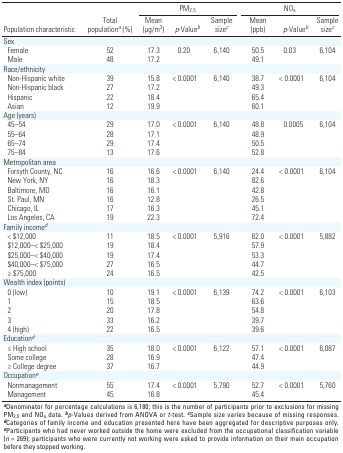
<table><thead><tr><td rowspan="2"><b>Population characteristic</b></td><td rowspan="2"><b>Total population<sup><i>a</i></sup> (%)</b></td><td colspan="3"><b>PM<sub>2.5</sub></b></td><td colspan="3"><b>NO<sub>x</sub></b></td></tr><tr><td><b>Mean (μg/m<sup>3</sup>)</b></td><td><b><i>p</i>-Value<sup><i>b</i></sup></b></td><td><b>Sample size<sup><i>c</i></sup></b></td><td><b>Mean (ppb)</b></td><td><b><i>p</i>-Value<sup><i>b</i></sup></b></td><td><b>Sample size<sup><i>c</i></sup></b></td></tr></thead><tbody><tr><td><b>Sex</b></td></tr><tr><td><b>Female</b></td><td>52</td><td>17.3</td><td>0.20</td><td>6,140</td><td>50.5</td><td>0.03</td><td>6,104</td></tr><tr><td><b>Male</b></td><td>48</td><td>17.2</td><td></td><td></td><td>49.1</td></tr><tr><td><b>Race/ethnicity</b></td></tr><tr><td><b>Non-Hispanic white</b></td><td>39</td><td>15.8</td><td>&lt; 0.0001</td><td>6,140</td><td>38.7</td><td>&lt; 0.0001</td><td>6,104</td></tr><tr><td><b>Non-Hispanic black</b></td><td>27</td><td>17.2</td><td></td><td></td><td>49.3</td></tr><tr><td><b>Hispanic</b></td><td>22</td><td>18.4</td><td></td><td></td><td>65.4</td></tr><tr><td><b>Asian</b></td><td>12</td><td>19.9</td><td></td><td></td><td>60.1</td></tr><tr><td><b>Age (years)</b></td></tr><tr><td><b>45–54</b></td><td>29</td><td>17.0</td><td>&lt; 0.0001</td><td>6,140</td><td>48.8</td><td>0.0005</td><td>6,104</td></tr><tr><td><b>55–64</b></td><td>28</td><td>17.1</td><td></td><td></td><td>48.9</td></tr><tr><td><b>65–74</b></td><td>29</td><td>17.4</td><td></td><td></td><td>50.5</td></tr><tr><td><b>75–84</b></td><td>13</td><td>17.6</td><td></td><td></td><td>52.8</td></tr><tr><td><b>Metropolitan area</b></td></tr><tr><td><b>Forsyth County, NC</b></td><td>16</td><td>16.6</td><td>&lt; 0.0001</td><td>6,140</td><td>24.4</td><td>&lt; 0.0001</td><td>6,104</td></tr><tr><td><b>New York, NY</b></td><td>16</td><td>18.3</td><td></td><td></td><td>82.6</td></tr><tr><td><b>Baltimore, MD</b></td><td>16</td><td>16.1</td><td></td><td></td><td>42.8</td></tr><tr><td><b>St. Paul, MN</b></td><td>16</td><td>12.8</td><td></td><td></td><td>26.5</td></tr><tr><td><b>Chicago, IL</b></td><td>17</td><td>16.3</td><td></td><td></td><td>45.1</td></tr><tr><td><b>Los Angeles, CA</b></td><td>19</td><td>22.3</td><td></td><td></td><td>72.4</td></tr><tr><td><b>Family income<sup><i>d</i></sup></b></td></tr><tr><td><b>&lt; $12,000</b></td><td>11</td><td>18.5</td><td>&lt; 0.0001</td><td>5,916</td><td>62.0</td><td>&lt; 0.0001</td><td>5,882</td></tr><tr><td><b>$12,000–&lt; $25,000</b></td><td>19</td><td>18.4</td><td></td><td></td><td>57.9</td></tr><tr><td><b>$25,000–&lt; $40,000</b></td><td>19</td><td>17.4</td><td></td><td></td><td>53.3</td></tr><tr><td><b>$40,000–&lt; $75,000</b></td><td>27</td><td>16.5</td><td></td><td></td><td>44.7</td></tr><tr><td><b>≥ $75,000</b></td><td>24</td><td>16.5</td><td></td><td></td><td>42.5</td></tr><tr><td><b>Wealth index (points)</b></td></tr><tr><td><b>0 (low)</b></td><td>10</td><td>19.1</td><td>&lt; 0.0001</td><td>6,139</td><td>74.2</td><td>&lt; 0.0001</td><td>6,103</td></tr><tr><td><b>1</b></td><td>15</td><td>18.5</td><td></td><td></td><td>63.6</td></tr><tr><td><b>2</b></td><td>20</td><td>17.8</td><td></td><td></td><td>54.8</td></tr><tr><td><b>3</b></td><td>33</td><td>16.2</td><td></td><td></td><td>39.7</td></tr><tr><td><b>4 (high)</b></td><td>22</td><td>16.5</td><td></td><td></td><td>39.6</td></tr><tr><td><b>Education<sup><i>d</i></sup></b></td></tr><tr><td><b>≤ High school</b></td><td>35</td><td>18.0</td><td>&lt; 0.0001</td><td>6,122</td><td>57.1</td><td>&lt; 0.0001</td><td>6,087</td></tr><tr><td><b>Some college</b></td><td>28</td><td>16.9</td><td></td><td></td><td>47.4</td></tr><tr><td><b>≥ College degree</b></td><td>37</td><td>16.7</td><td></td><td></td><td>44.9</td></tr><tr><td><b>Occupation<sup><i>e</i></sup></b></td></tr><tr><td><b>Non­management</b></td><td>55</td><td>17.4</td><td>&lt; 0.0001</td><td>5,790</td><td>52.7</td><td>&lt; 0.0001</td><td>5,760</td></tr><tr><td><b>Management</b></td><td>45</td><td>16.8</td><td></td><td></td><td>45.4</td></tr></tbody></table>